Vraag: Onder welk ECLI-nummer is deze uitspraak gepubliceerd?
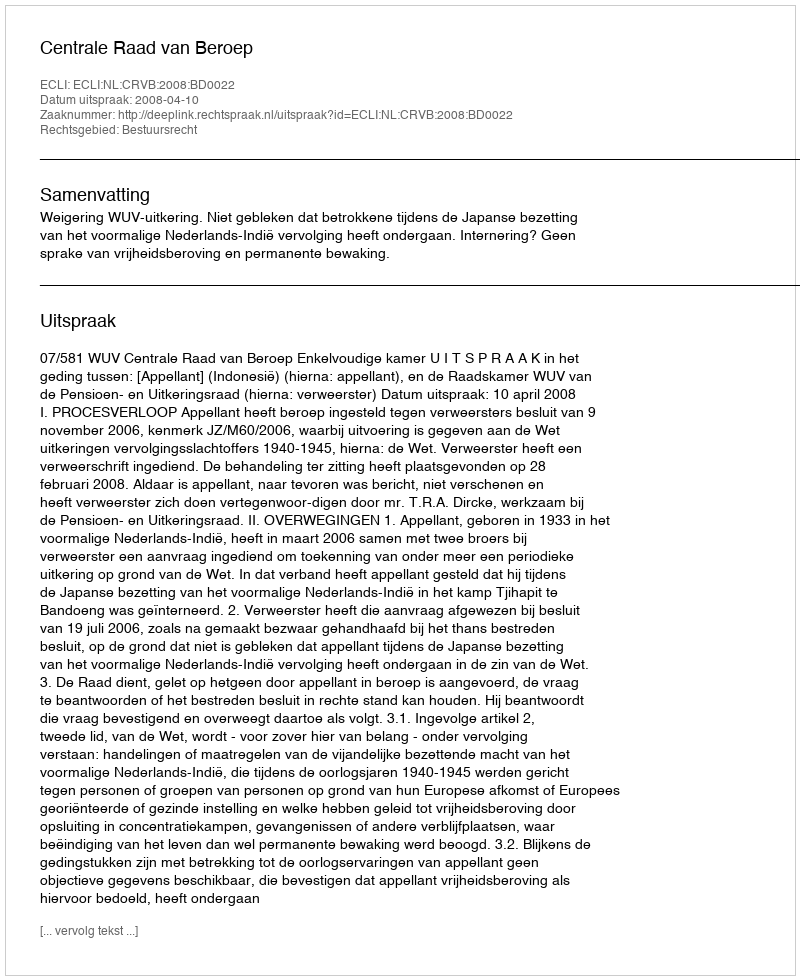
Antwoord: ECLI:NL:CRVB:2008:BD0022